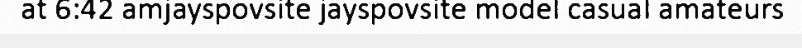
at 6:42 amjayspovsite jayspovsite model casual amateurs